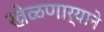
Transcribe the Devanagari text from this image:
खेळणार्‍याने